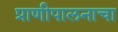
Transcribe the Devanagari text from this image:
प्राणीपालनाचा